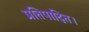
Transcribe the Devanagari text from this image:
प्रतिपादित।